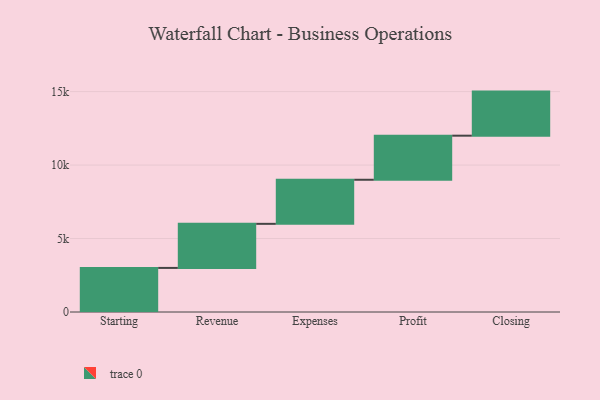
{"axis": {"x": "Step", "y": "Value"}, "legend": [""], "data": [{"x": "Starting", "y": 3000, "type": ""}, {"x": "Revenue", "y": 3000, "type": ""}, {"x": "Expenses", "y": 3000, "type": ""}, {"x": "Profit", "y": 3000, "type": ""}, {"x": "Closing", "y": 3000, "type": ""}]}